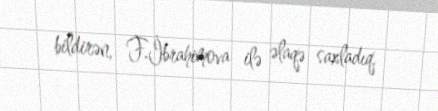
bildirən, F.İbrahimova ilə əlaqə saxladıq.